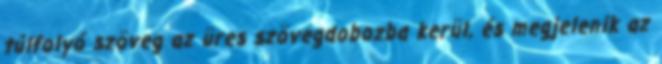
túlfolyó szöveg az üres szövegdobozba kerül, és megjelenik az